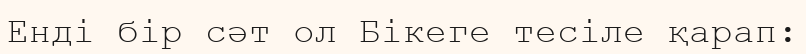
Енді бір сәт ол Бікеге тесіле қарап: